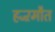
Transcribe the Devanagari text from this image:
हज्ऱमौत